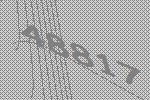
48817